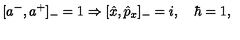
[ a ^ { - } , a ^ { + } ] _ { - } = 1 \Rightarrow [ \hat { x } , \hat { p } _ { x } ] _ { - } = i , \quad \hbar = 1 ,